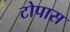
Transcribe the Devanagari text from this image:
टोपास